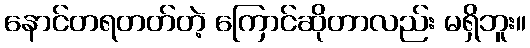
နောင်တရတတ်တဲ့ ကြောင်ဆိုတာလည်း မရှိဘူး။